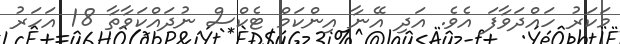
މަކަރު ހައްދަވާފަ އެވެ. އަދި އޭނާ އިންކަމް ޓެކްސް ނުދައްކަވާތާ 18 އަހަރު